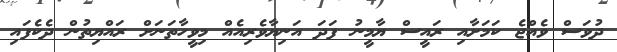
ދުވަސް ވެއްޖެ ކަމަށާއި ރައީސް ޔާމީނު ފަދަ އަނިޔާވެރިއެއް މިވީހާތަނަށް ރައްޔިތުން ދެކެފައި